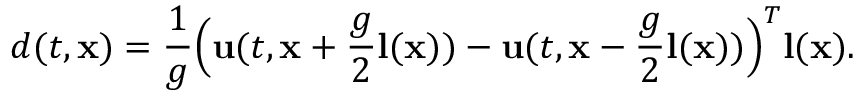
d ( t , \mathbf { x } ) = \frac { 1 } { g } \Big ( \mathbf { u } ( t , \mathbf { x } + \frac { g } { 2 } \mathbf { l } ( \mathbf { x } ) ) - \mathbf { u } ( t , \mathbf { x } - \frac { g } { 2 } \mathbf { l } ( \mathbf { x } ) ) \Big ) ^ { T } \mathbf { l } ( \mathbf { x } ) .